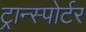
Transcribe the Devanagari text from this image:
ट्रान्स्पोर्टर